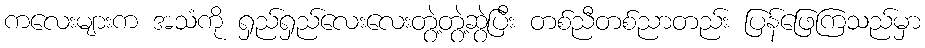
ကလေးများက အသံကို ရှည်ရှည်လေးလေးတွဲ့တွဲ့ဆွဲပြီး တစ်ညီတစ်ညာတည်း ပြန်ဖြေကြသည်မှာ